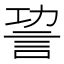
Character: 𧦪